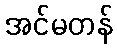
အင်မတန်